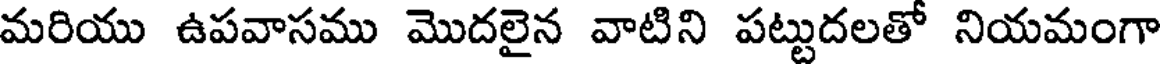
మరియు ఉపవాసము మొదలైన వాటిని పట్టుదలతో నియమంగా